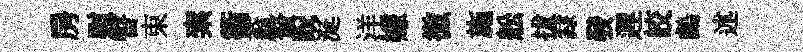
房慰瞥束索衢蓊贅貺涎洋嫌微施舩拔隸發遲皎鸕述